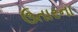
ઉતારના